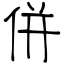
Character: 併